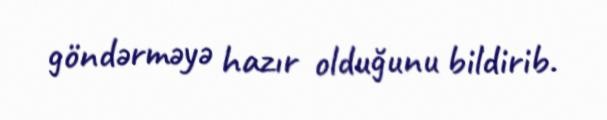
göndərməyə hazır olduğunu bildirib.